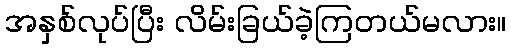
အနှစ်လုပ်ပြီး လိမ်းခြယ်ခဲ့ကြတယ်မလား။